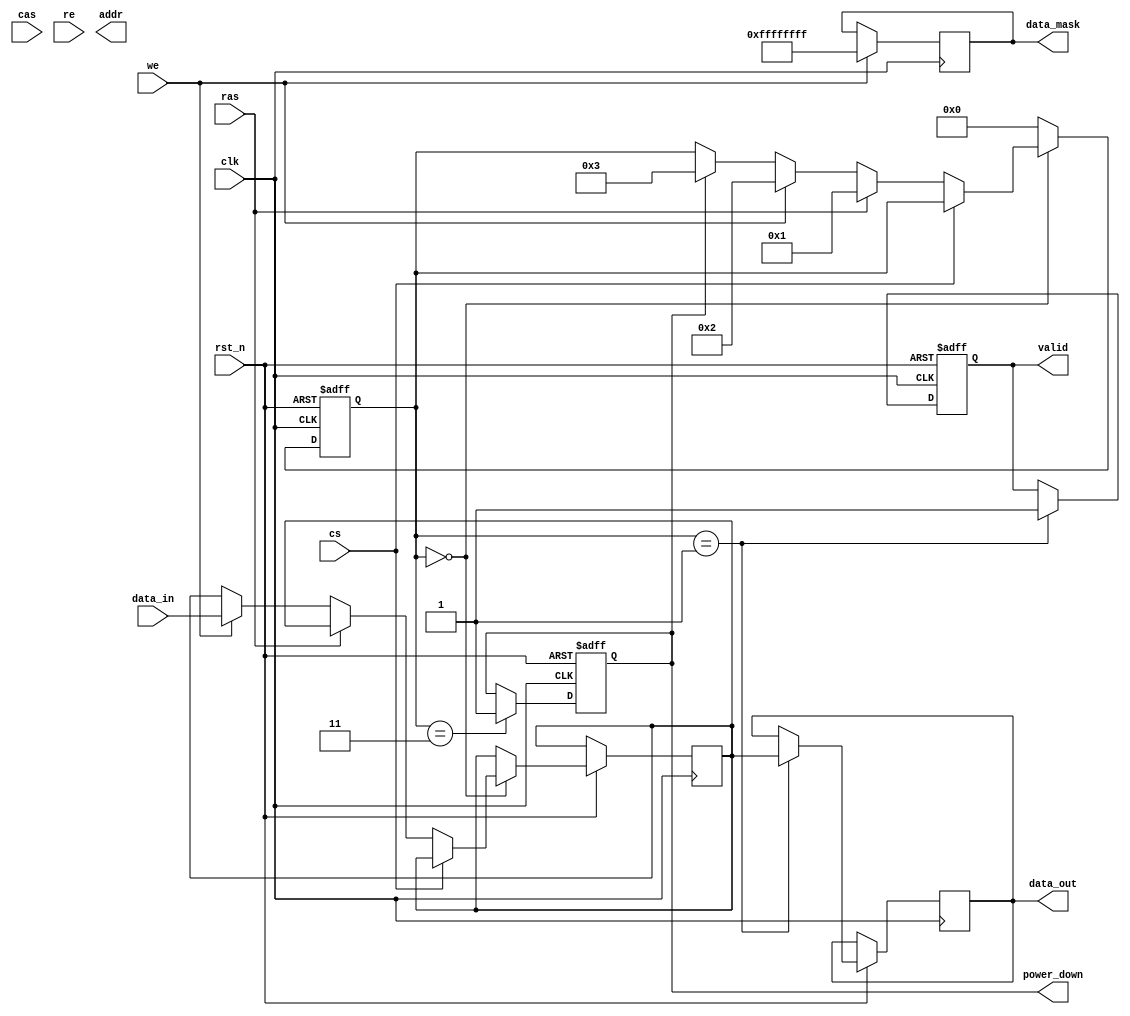
module DRAM_IO_Block (
    input wire clk,                // System clock
    input wire rst_n,              // Active low reset
    input wire cs,                 // Chip Select
    input wire ras,                // Row Address Strobe
    input wire cas,                // Column Address Strobe
    input wire we,                 // Write Enable
    input wire re,                 // Read Enable
    input wire [31:0] data_in,     // Data input
    output reg [31:0] data_out,    // Data output
    output reg [15:0] addr,        // Address output
    output reg valid,              // Valid output signal
    output reg [31:0] data_mask,   // Data mask for write operations
    output reg power_down          // Power management signal
);

// Internal signals
reg [31:0] data_buffer;           // Buffer for incoming data
reg [15:0] addr_latch;            // Address latch
reg [3:0] state;                  // State machine for operation
reg [31:0] ecc;                   // Error Correction Code (optional)

// State definitions
localparam IDLE = 4'b0000,
           READ = 4'b0001,
           WRITE = 4'b0010,
           POWER_DOWN = 4'b0011;

// Timing parameters (for simulation purposes)
parameter tRAC = 10;              // Row access time
parameter tCAC = 10;              // Column access time
parameter tCYC = 20;              // Cycle time

// State machine for operation
always @(posedge clk or negedge rst_n) begin
    if (!rst_n) begin
        state <= IDLE;
        valid <= 0;
        power_down <= 0;
    end else begin
        case (state)
            IDLE: begin
                if (!cs) begin
                    if (ras) begin
                        addr_latch <= addr; // Capture address
                        state <= READ;      // Move to READ state
                    end else if (we) begin
                        data_buffer <= data_in; // Capture data for write
                        state <= WRITE;          // Move to WRITE state
                    end else if (power_down) begin
                        state <= POWER_DOWN;     // Enter power down mode
                    end
                end
            end
            
            READ: begin
                // Simulate read operation
                #tRAC; // Wait for row access time
                data_out <= data_buffer; // Output data
                valid <= 1; // Indicate valid data
                state <= IDLE; // Return to idle
            end
            
            WRITE: begin
                // Simulate write operation
                #tCAC; // Wait for column access time
                // Implement data masking logic here
                // Example: data_buffer & data_mask
                state <= IDLE; // Return to idle
            end
            
            POWER_DOWN: begin
                // Implement power down logic
                power_down <= 1; // Set power down state
                state <= IDLE; // Return to idle
            end
            
            default: state <= IDLE; // Default to idle state
        endcase
    end
end

// Data masking logic (example)
always @(posedge clk) begin
    if (we) begin
        data_mask <= 32'hFFFF_FFFF; // Example: all bits enabled for write
    end
end

endmodule